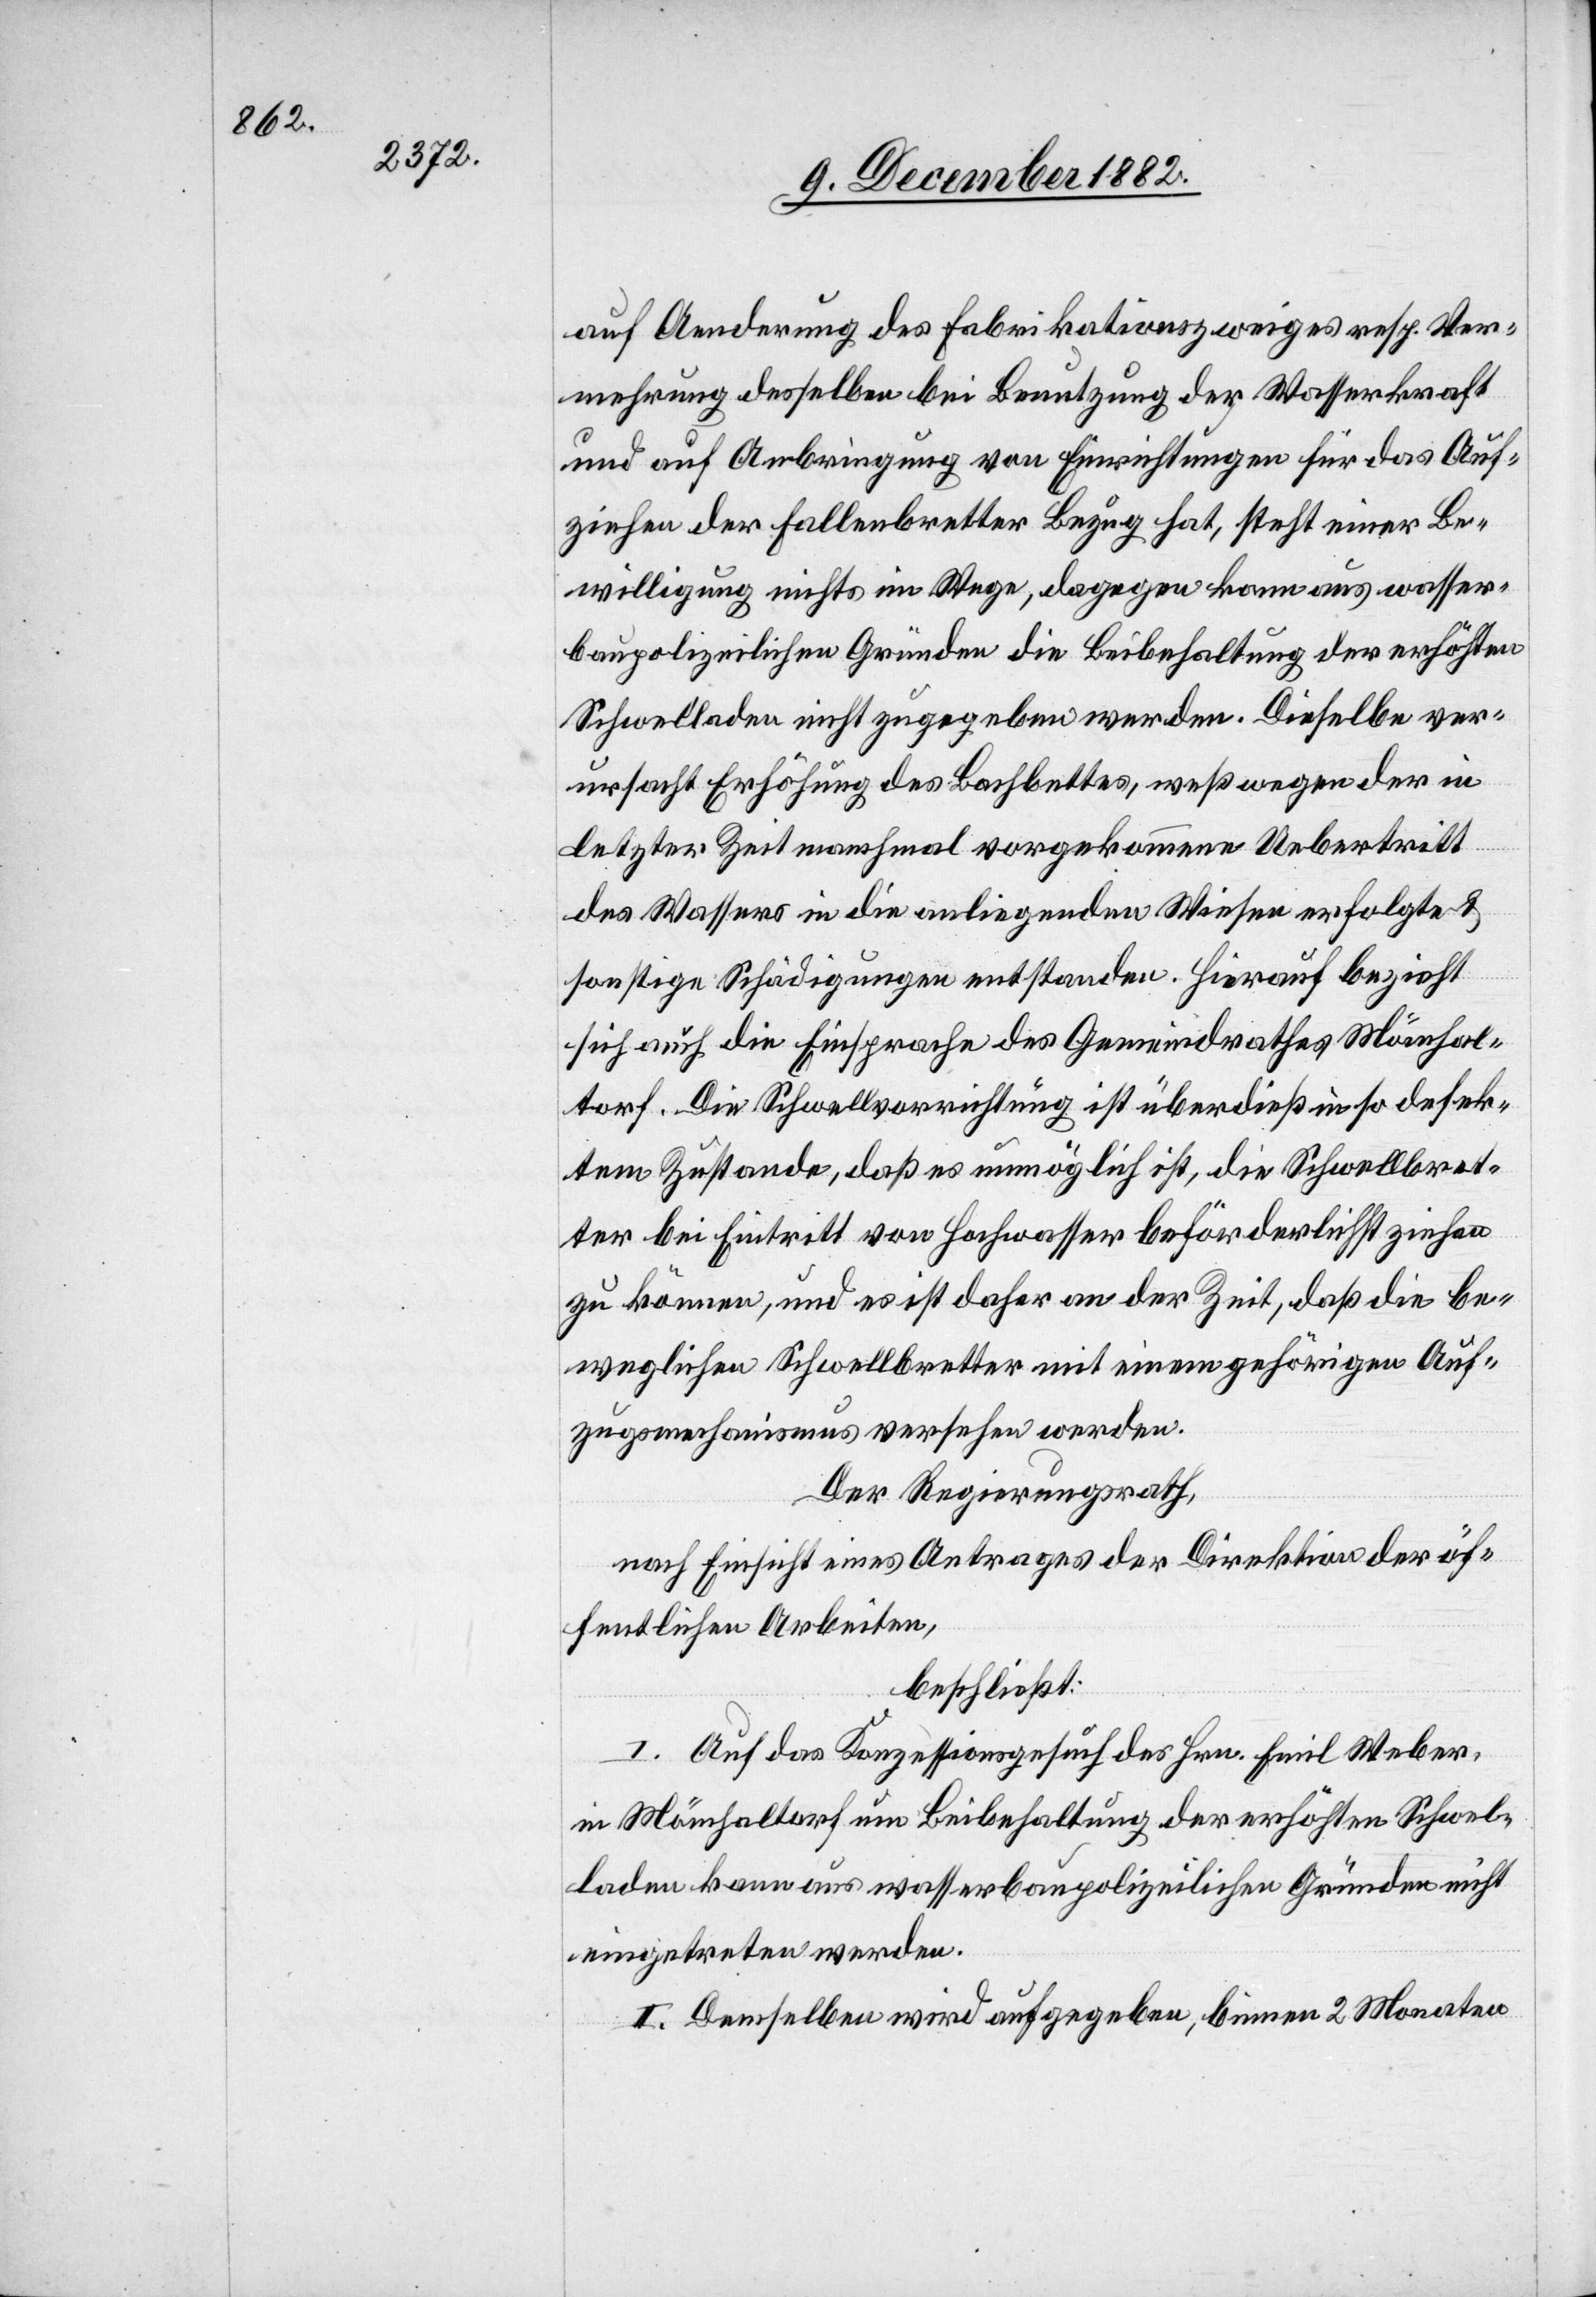
auf Aenderung des Fabrikationszweiges resp. Ver¬
mehrung desselben bei Benutzung der Wasserkraft
und auf Anbringung von Einrichtungen für das Aus¬
ziehen der Fallenbretter Bezug hat, steht einer Be¬
willigung nichts im Wege, dagegen kann aus wasser¬
baupolizeilichen Gründen die Beibehaltung der erhöhten
Schwelladen nicht zugegeben werden. Dieselbe ver¬
ursacht Erhöhung des Bachbettes, weßwegen der in
letzter Zeit manchmal vorgekommene Uebertritt
des Wassers in die anliegenden Wiesen erfolgte &
sonstige Schädigungen entstanden. Hierauf bezieht
sich auch die Einsprache des Gemeindrathes Mönchal¬
torf. Die Schwellvorrichtung ist überdieß in so defek¬
tem Zustande, daß es unmöglich ist, die Schwellbret¬
ter bei Eintritt von Hochwasser beförderlichst ziehen
zu können, und es ist daher an der Zeit, daß die be¬
weglichen Schwellbretter mit einem gehörigen Auf¬
zugsmechanismus versehen werden.
Der Regierungsrath,
nach Einsicht eines Antrages der Direktion der öf¬
fentlichen Arbeiten,
beschließt:
I. Auf das Konzessionsgesuch des Hrn. Emil Weber,
in Mönchaltorf, um Beibehaltung der erhöhten Schwel¬
laden kann aus wasserbaupolizeilichen Gründen nicht
eingetreten werden.
II. Demselben wird aufgegeben, binnen 2 Monaten